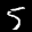
Label: 5